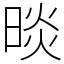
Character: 晱